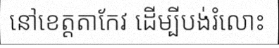
នៅខេត្តតាកែវ ដើម្បីបង់រំលោះ